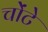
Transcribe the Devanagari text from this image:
चोंटे